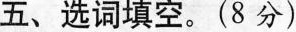
五、选词填空。(8分)